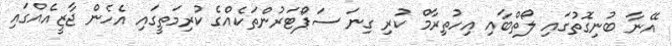
އޭނާ ބުނިގޮތުގައި ލޯތްބާއި އިހުތިރާމް ކުރި ގިނަ ސަޕޯޓަރުންތަކެއްގެ ކުރިމަތީގައި އެހެން ޖާޒީއެއްގައި